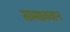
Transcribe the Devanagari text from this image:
सामध्र्यवान